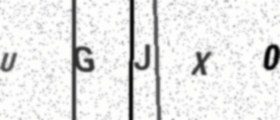
Text: UGJX0